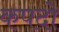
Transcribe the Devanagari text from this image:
कपदो